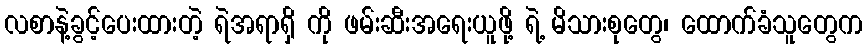
လစာနဲ့ခွင့်ပေးထားတဲ့ ရဲအရာရှိ ကို ဖမ်းဆီးအရေးယူဖို့ ရဲ့ မိသားစုတွေ၊ ထောက်ခံသူတွေက